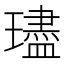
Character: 璶